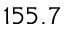
1 5 5 . 7